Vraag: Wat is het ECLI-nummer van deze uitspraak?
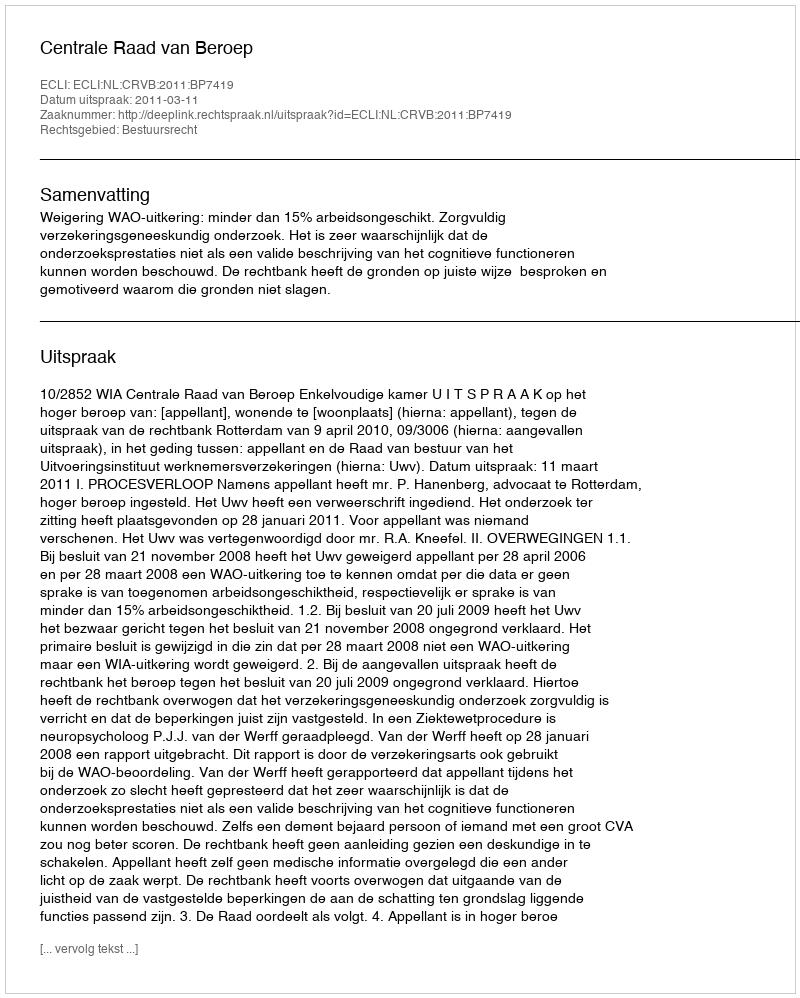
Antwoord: ECLI:NL:CRVB:2011:BP7419